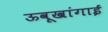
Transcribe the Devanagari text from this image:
ऊवूखांगाई